Annual report of the Camel Specialist
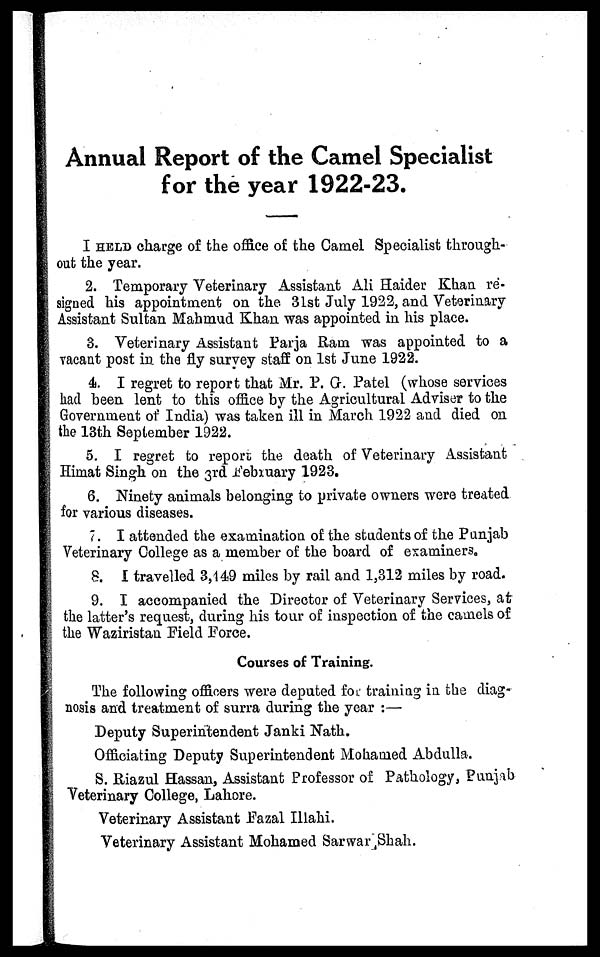
Annual Report of the Camel Specialist
for the year 1922-23.
I HELD charge of the office of the Camel Specialist through-
out the year.
2. Temporary Veterinary Assistant Ali Haider Khan re-
signed his appointment on the 31st July 1922, and Veterinary
Assistant Sultan Mahmud Khan was appointed in his place.
3. Veterinary Assistant Parja Ram was appointed to a
vacant post in the fly survey staff on 1st June 1922.
4. I regret to report that Mr. P. G. Patel (whose services
had been lent to this office by the Agricultural Adviser to the
Government of India) was taken ill in March 1922 and died on
the 13th September 1922.
5. I regret to report the death of Veterinary Assistant
Himat Singh on the 3rd February 1923.
6. Ninety animals belonging to private owners were treated
for various diseases.
7. I attended the examination of the students of the Punjab
Veterinary College as a member of the board of examiners.
8. I travelled 3,449 miles by rail and 1,312 miles by road.
9. I accompanied the Director of Veterinary Services, at
the latter's request, during his tour of inspection of the camels of
the Waziristan Field Force.
Courses of Training.
The following officers were deputed for training in the diag-
nosis and treatment of surra during the year :—
Deputy Superintendent Janki Nath.
Officiating Deputy Superintendent Mohamed Abdulla.
S. Riazul Hassan, Assistant Professor of Pathology, Punjab
Veterinary College, Lahore.
Veterinary Assistant Fazal Illahi.
Veterinary Assistant Mohamed Sarwar Shah.